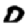
Digit: 0